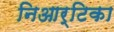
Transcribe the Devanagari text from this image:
निआर्टिका